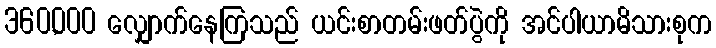
360,000 လျှောက်နေကြသည် ယင်းစာတမ်းဖတ်ပွဲကို အင်ပါယာမိသားစုက